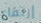
إرتفاع